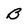
Character: B